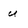
Character: u